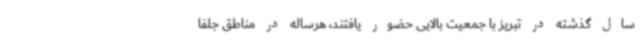
سال گذشته در تبریز با جمعیت بالایی حضور یافتند، هرساله در مناطق جلفا